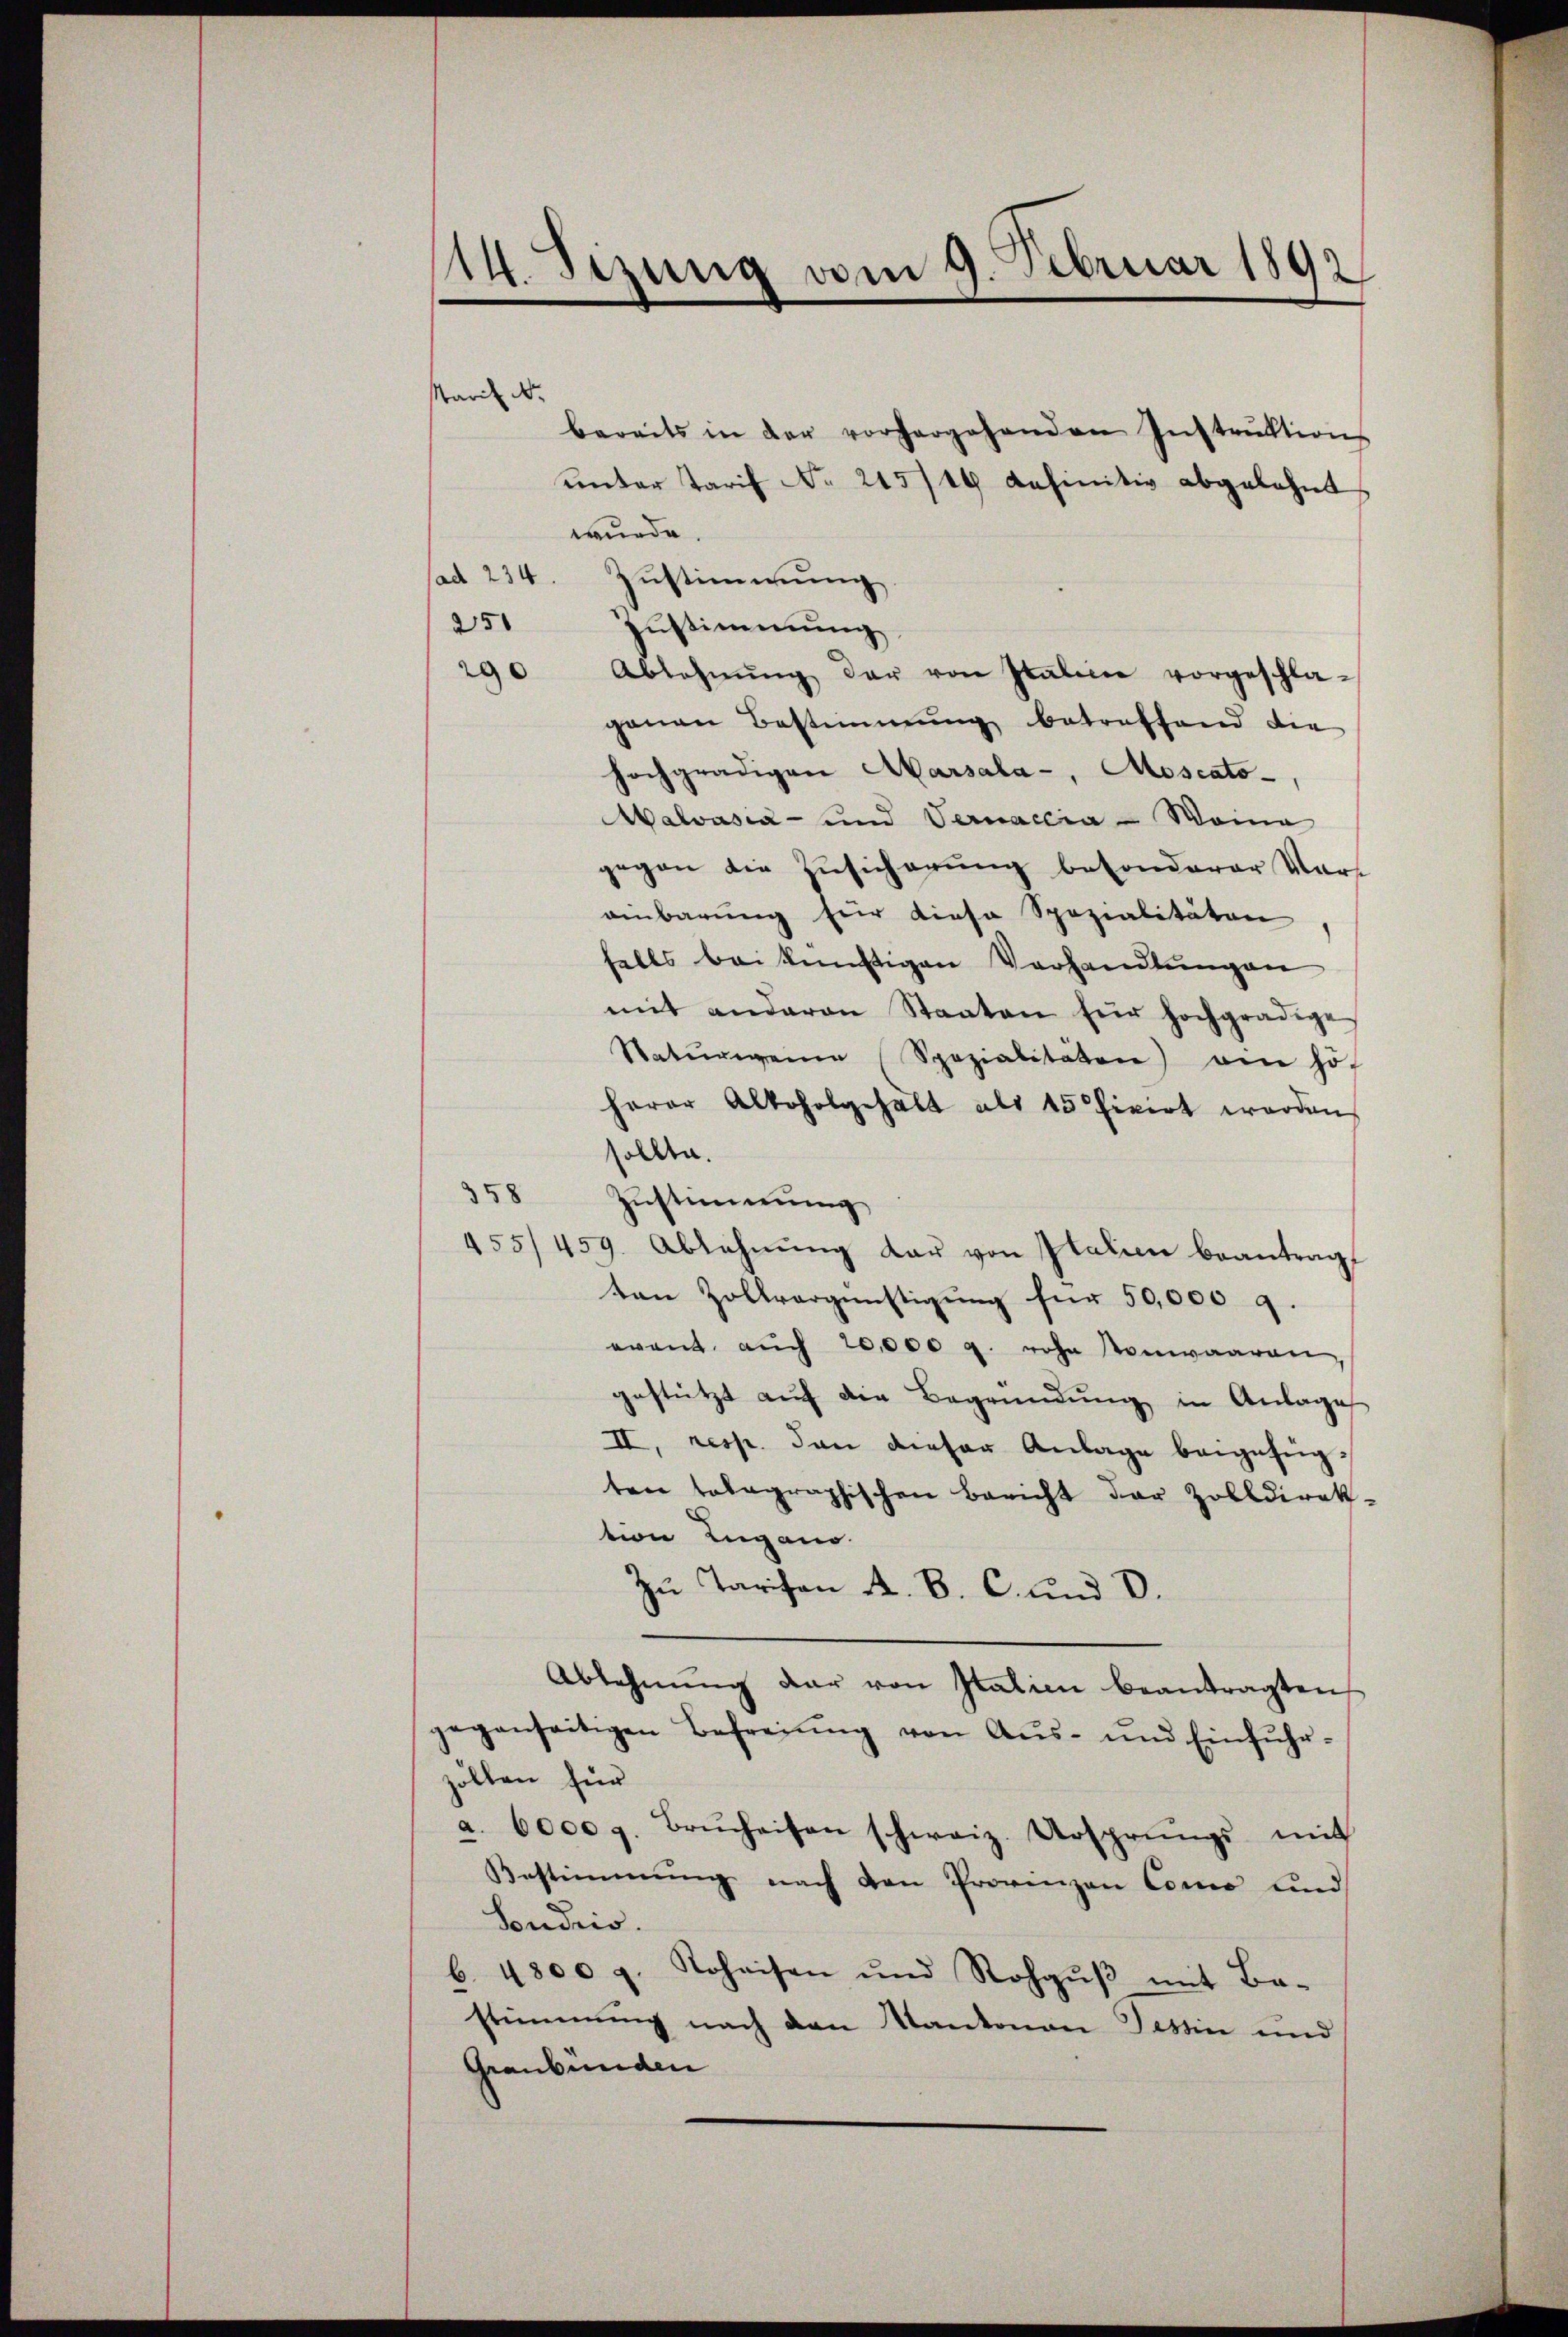
114. Sizung vom 9. Februar 1892

bereits in der vorhergehenden Instrŭktion
unter Tarif No 215/19 definitiv abgelehnt.
wurde.
(ad 234. Zustimmung
251 Zŭstimmung
Ablehnŭng der von Italine vorgeschla-
ganen Bestimmung betreffend die
hochgradigen Marsala, Moscato-
Malvasia - und Vernaccia - Weina
gegen die Zusicherung besonderer Vor-
einbarung für diese Spezialitäten
falls bei künftigen Verhandlungen
mit anderen Staaten für hochgradige
Naturweine Spezialitäten am hö-
herer Alkoholgehalt als 15 fixirt werden
sollte.
358
Zustimmung
455/459. Ablehnŭng dar von Italien beantrag,
ten Zollvergünstigung für 50,000 g.
evant auch 20,000 g. rohe Konwaaren,
gestützt aŭf die Begründŭng in Anlage
II, resp. dann dieser Anlage beigefügten talagraphischen Bericht der Zolldirek-
tion Lugano.
Zu Tarifen A. B. C. und V.
Ablehnŭng der von Italien beantragten
gegenseitigen Befreiung von Aŭs- und Einfŭhr-
zöllen für
a. 6000 g. Brŭchaisen schweiz. Ursprungs mit
Bestimmung nach den Provinzen Como und
Soudris.
b. 4800 g. Rohaisen und Rohgŭβ mit Be-
stimmung nach den Kantonen Tessin und
Graubünden

starif Nr.
290